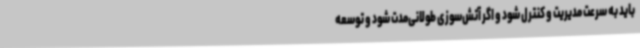
باید به سرعت مدیریت و کنترل شود و اگر آتش‌سوزی طولانی‌مدت شود و توسعه